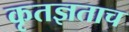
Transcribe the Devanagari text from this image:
कृतज्ञताच